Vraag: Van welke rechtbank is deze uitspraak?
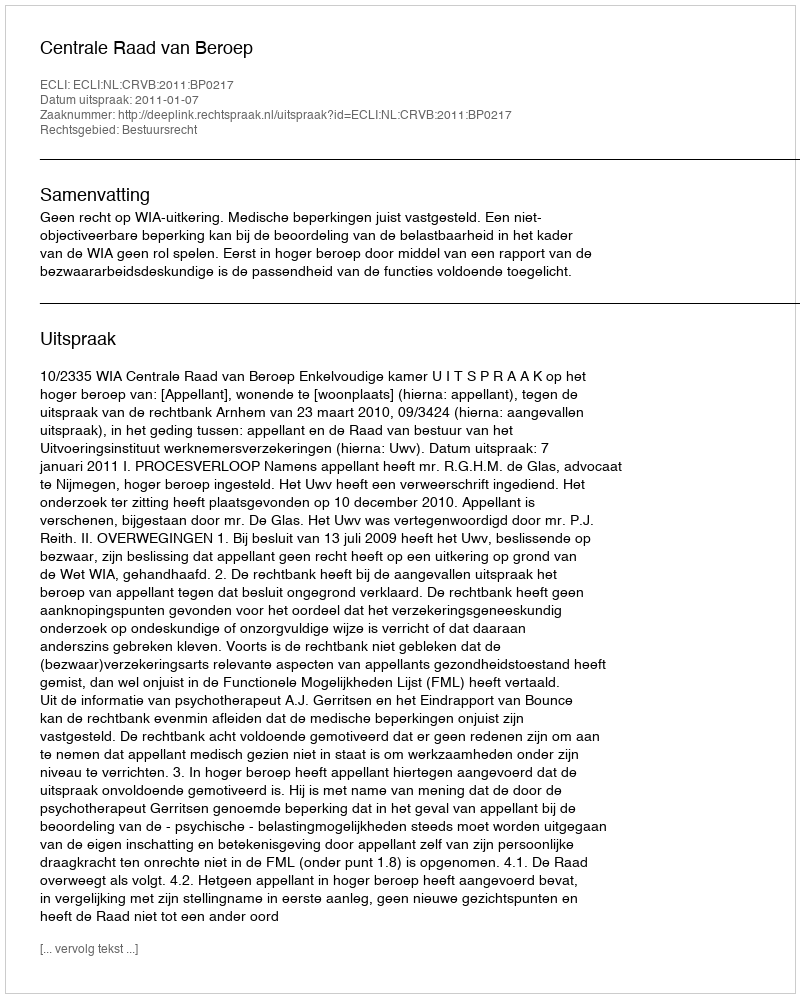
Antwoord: Centrale Raad van Beroep